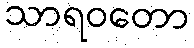
သာရဝတော